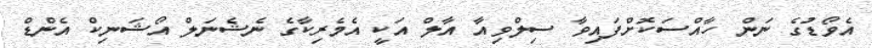
އެވޯޑުގެ ނަން ހާއްސަކޮށްފައިވާ ސިލްވިއާ އާލް އަކީ އެމެރިކާގެ ނެޝެނަލް އޯޝަނިކް އެންޑް